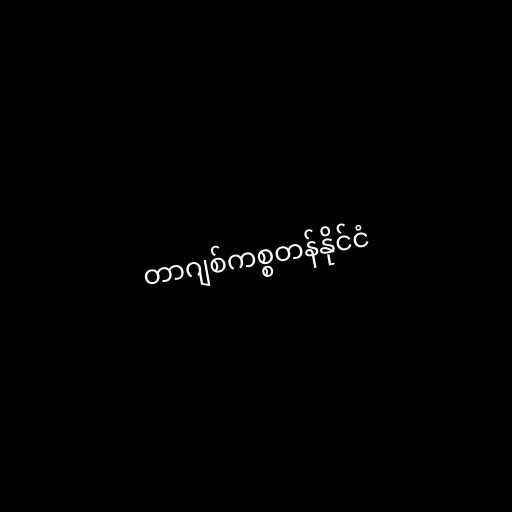
တာဂျစ်ကစ္စတန်နိုင်ငံ